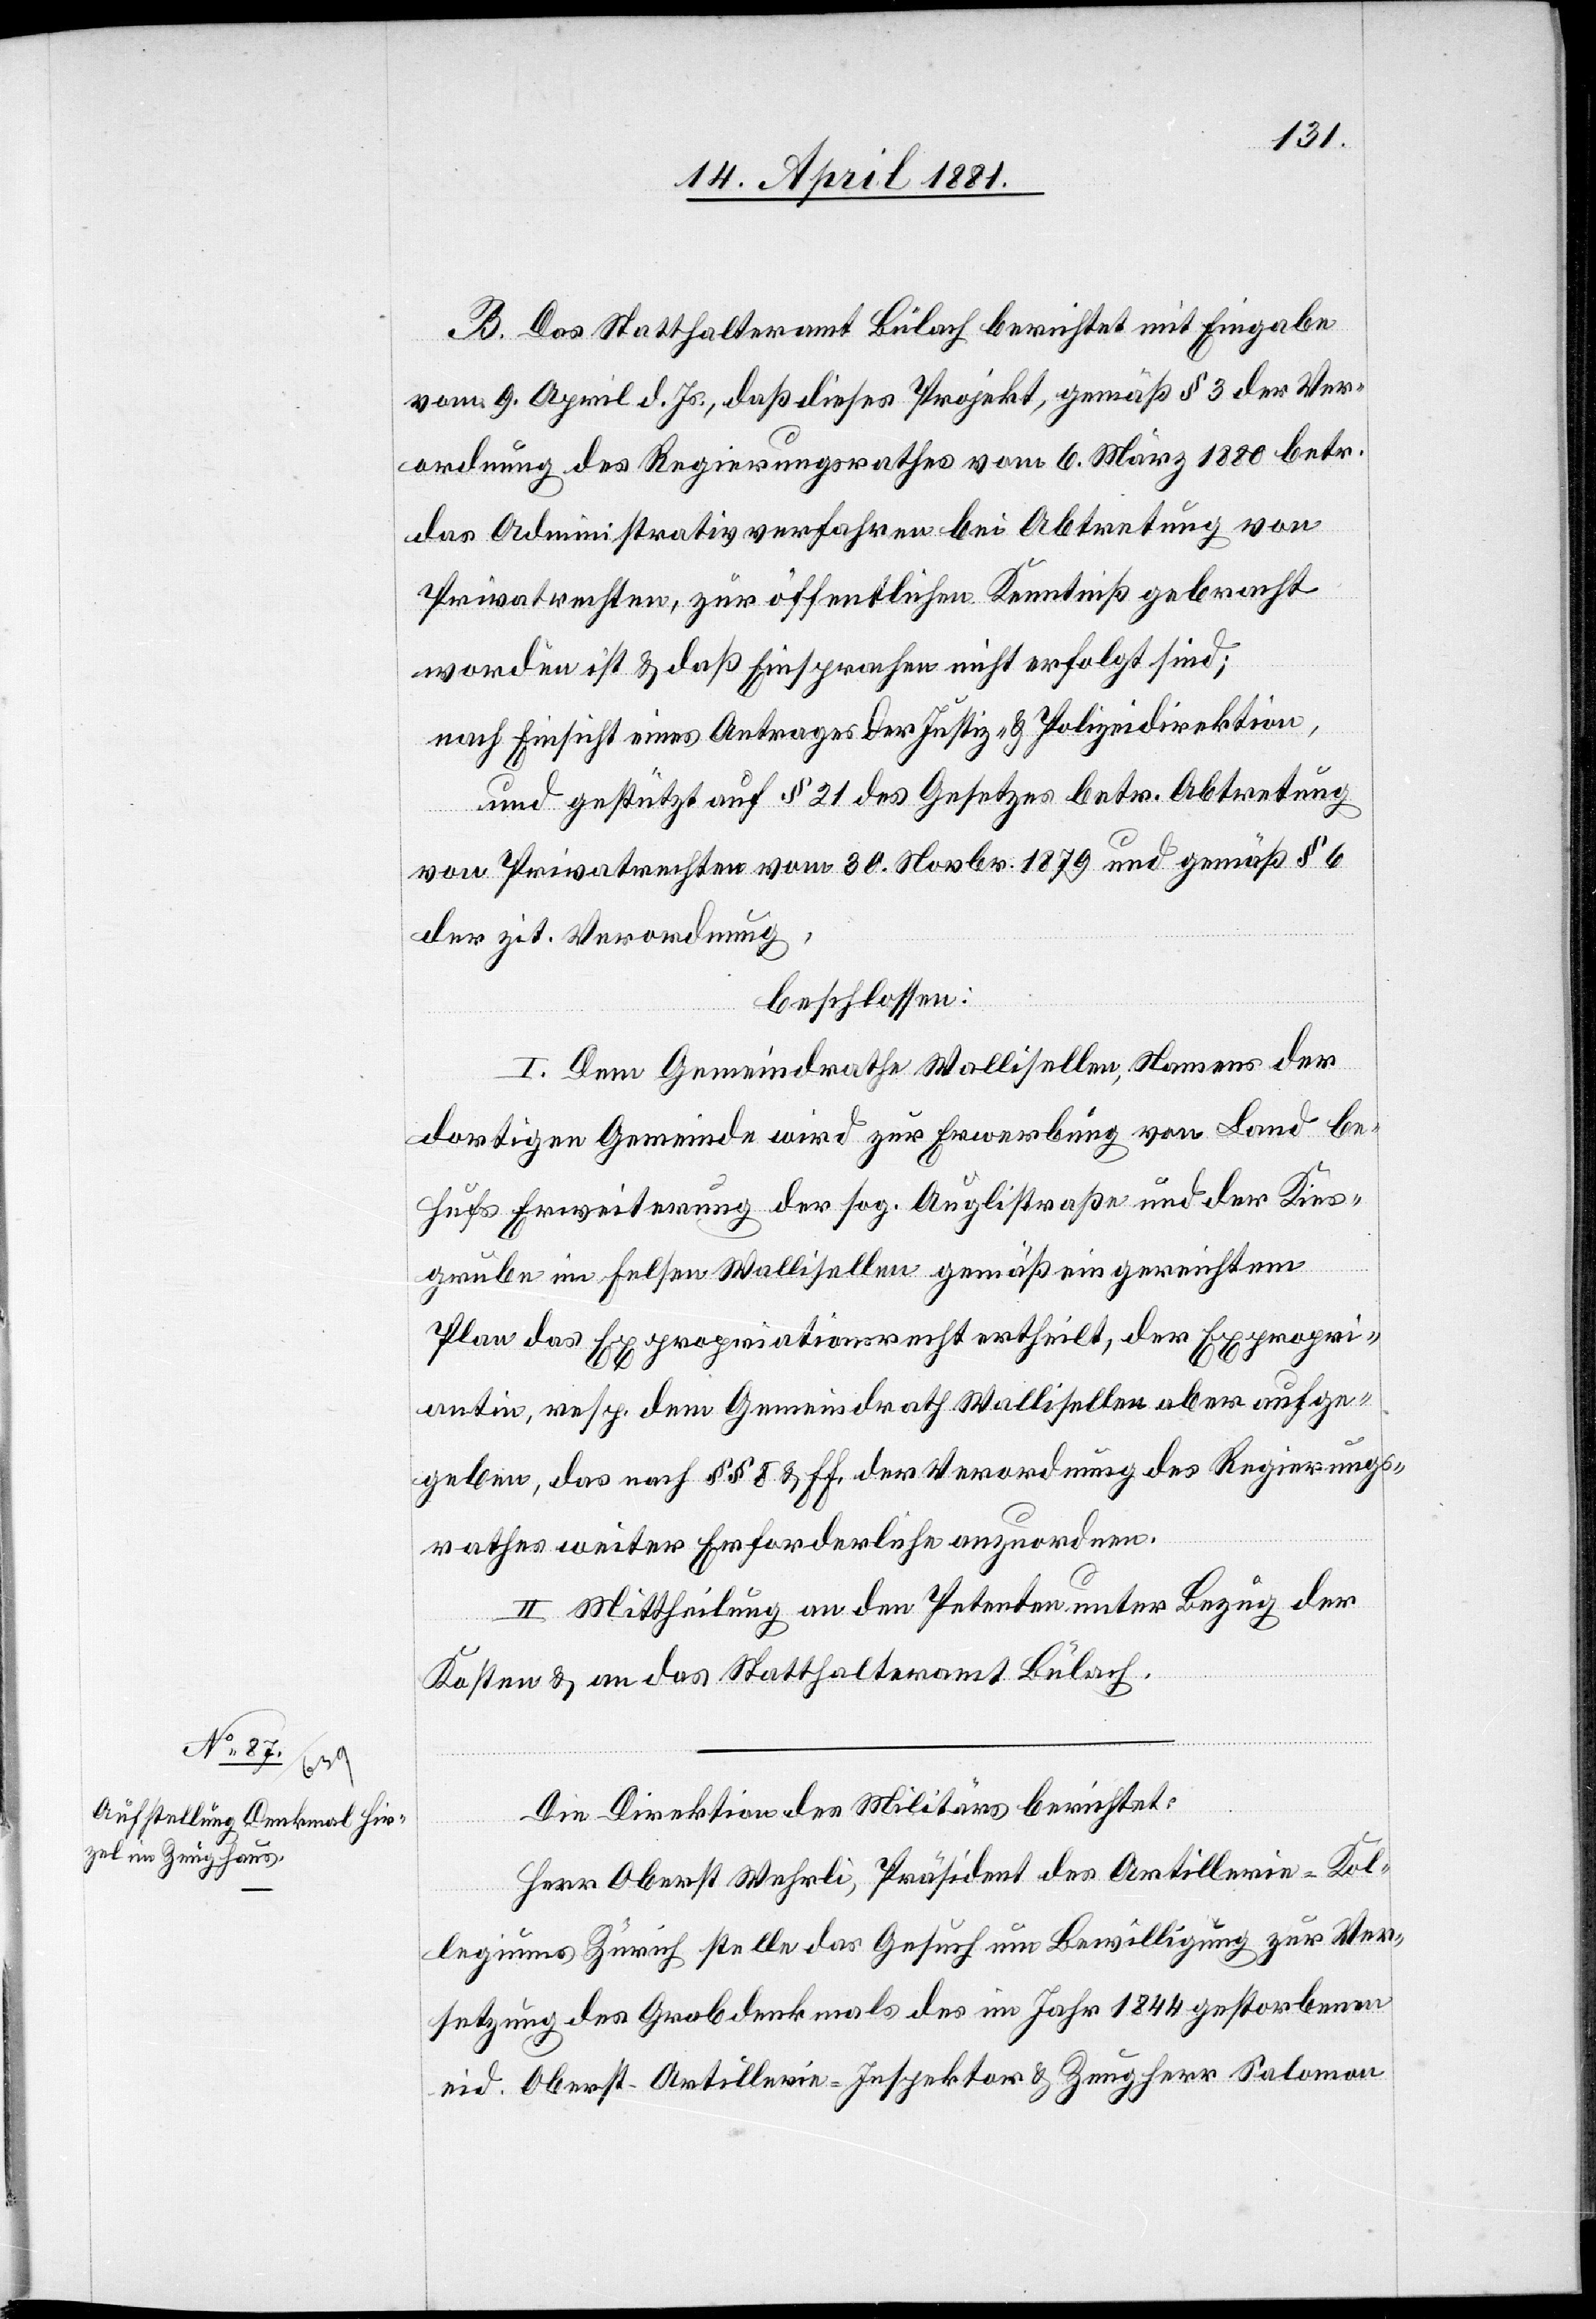
B. Das Statthalteramt Bülach berichtet mit Eingabe
vom 9. April d. Js., daß dieses Projekt, gemäß § 3 der Ver¬
ordnung des Regierungsrathes vom 6. März 1880 betr.
das Administrativverfahren bei Abtretung von
Privatrechten, zur öffentlichen Kenntniß gebracht
worden ist & daß Einsprachen nicht erfolgt sind;
nach Einsicht eines Antrages der Justiz- & Polizeidirektion,
und gestützt auf § 21 des Gesetzes betr. Abtretung
von Privatrechten vom 30. Novbr. 1879 und gemäß § 6
der zit. Verordnung,
beschlossen:
I. Dem Gemeindrath Wollishofen, Namens der
dortigen Gemeinde wird zur Erwerbung von Land be¬
hufs Erweiterung der sog. Auglistraße und der Kies¬
grube im Felsen Wollishofen gemäß eingereichtem
Plan das Expropriationsrecht ertheilt, der Expropri¬
entin, resp. dem Gemeindrath Wollishofen aber aufge¬
geben, das nach §§ 8 & ff, der Verordnung des Regierungs¬
rathes weiter Erforderliche anzuordnen.
II. Mittheilung an den Petenten unter Bezug der
Kosten & an das Statthalteramt Bülach.
Die Direktion des Militärs berichtet:
Herr Oberst Wehrli, Präsident des Artillerie-Kol¬
legiums Zürich stelle das Gesuch um Bewilligung zur Ver¬
setzung des Grabdenkmals des im Jahr 1844 gestorbenen
eid. Oberst. Artillerie-Inspektor & Zeugherr Salomon